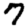
Digit: 7